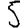
Digit: 5